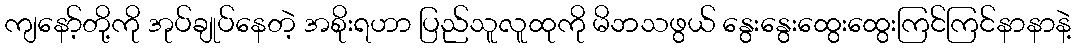
ကျနော့်တို့ကို အုပ်ချုပ်နေတဲ့ အစိုးရဟာ ပြည်သူလူထုကို မိဘသဖွယ် နွေးနွေးထွေးထွေးကြင်ကြင်နာနာနဲ့